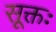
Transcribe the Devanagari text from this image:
सूक्तः